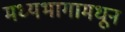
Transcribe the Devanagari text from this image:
मध्यभागामधून